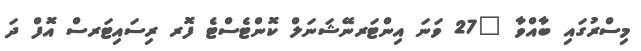
މިސްރުގައި ބާއްވާ "27 ވަނަ އިންޓަރނޭޝަނަލް ކޮންޓެސްޓެ ފޮރ ރިސައިޓަރސް އޮފް ދަ